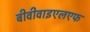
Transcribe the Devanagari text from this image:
बीवीवाइएलएफ